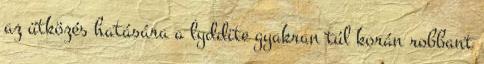
az ütközés hatására a lyddite gyakran túl korán robbant